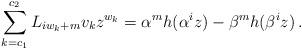
LaTeX: \begin{align*}\sum_{k = c_1 }^{c_2 } {L_{iw_k + m} v_kz^{w_k}} = \alpha^m h(\alpha ^i z) - \beta^m h(\beta ^i z)\,.\end{align*}